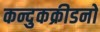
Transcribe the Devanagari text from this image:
कन्दुकक्रीडनो